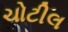
ચોટીલ